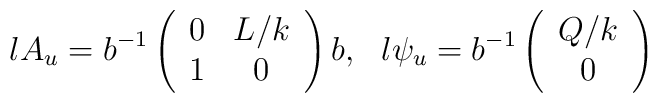
l A_u =  b^{-1} \left(\begin{array}{cc}                     0  &  L/k \\                     1  &   0                   \end{array} \right) b,\ \ l  \psi_u =    b^{-1}\left(\begin{array}{c}                              Q/k  \\                                 0                   \end{array} \right)